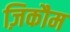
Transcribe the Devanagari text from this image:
ज़िकौम